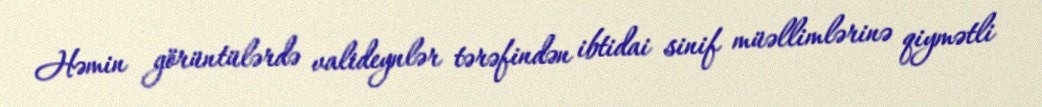
Həmin görüntülərdə valideynlər tərəfindən ibtidai sinif müəllimlərinə qiymətli